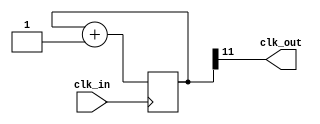
module clk_div #(parameter X = 12)(
    input clk_in,

    output clk_out
);

reg [X-1:0]cnt = 0;

assign clk_out = cnt[X-1];

always @(posedge clk_in) begin
    cnt <= cnt + 1;
end

endmodule